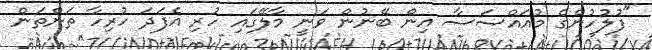
"ފުލުހުންގެ މުއައްސަސާ އިން ބޭނުން ވަނީ މާލޭގައި ހުރި އެފަދަ ހުރިހާ ތަންތަން